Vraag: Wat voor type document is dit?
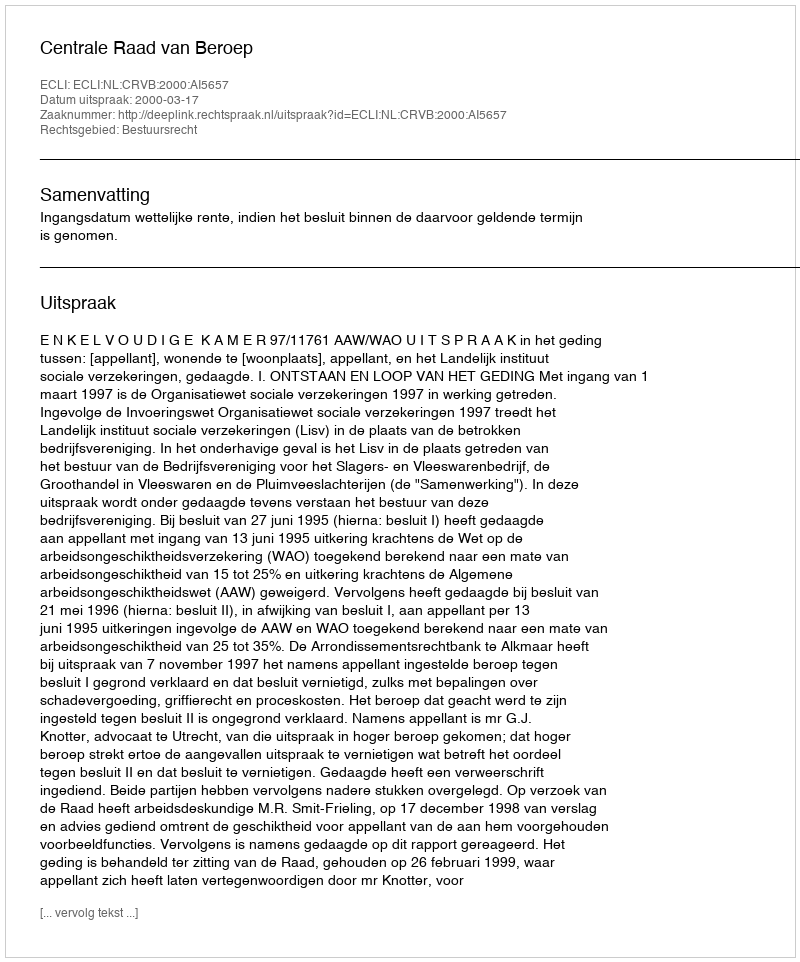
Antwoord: Uitspraak